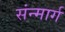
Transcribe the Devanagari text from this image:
संन्मार्ग